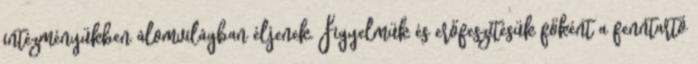
intézményükben álomvilágban éljenek. Figyelmük és erőfeszítésük főként a fenntartó